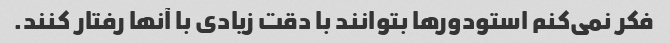
فکر نمی‌کنم استودورها بتوانند با دقت زیادی با آنها رفتار کنند.